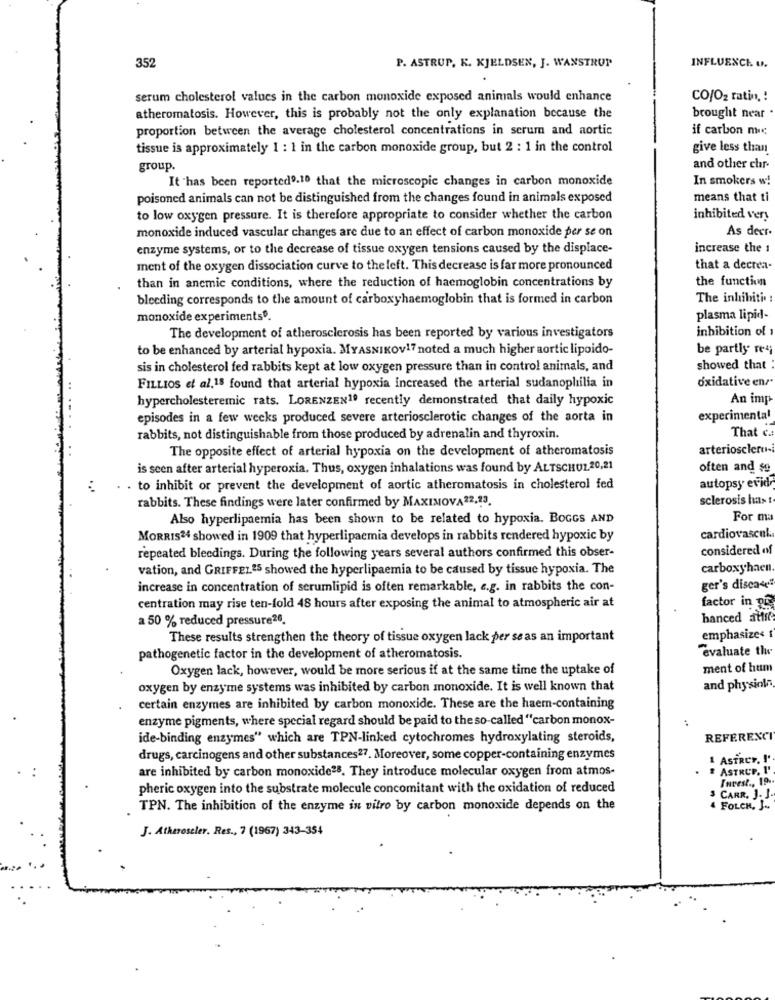
INFLUENCE U.
352
P. ASTRUP, K. KJELDSEN, J. WANSTRUP
serum cholesterol values in the carbon monoxide exposed animals would enhance
CO/O2 ratin, !
atheromatosis. However, this is probably not the only explanation because the
brought near
proportion between the average cholesterol concentrations in scrum and aortic
if carbon mic
tissue is approximately 1 : 1 in the carbon monoxide group, but 2 : 1 in the control
give less than
group.
and other chr-
It has been reported9.10 that the microscopic changes in carbon monoxide
In smokers w!
poisoned animals can not be distinguished from the changes found in animals exposed
means that ti
to low oxygen pressure. It is therefore appropriate to consider whether the carbon
inhibited very
monoxide induced vascular changes are due to an effect of carbon monoxide per se on
As deer-
enzyme systems, or to the decrease of tissue oxygen tensions caused by the displace-
increase the 1
ment of the oxygen dissociation curve to the left. This decrease is far more pronounced
that a decrea-
the function
than in ancmic conditions, where the reduction of haemoglobin concentrations by
bleeding corresponds to the amount of carboxyhaemoglobin that is formed in carbon
The inhibiti.
monoxide experiments".
plasma lipid-
inhibition of
The development of atherosclerosis has been reported by various investigators
to be enhanced by arterial hypoxia. MYASNIKOV17 noted a much higher aortic lipoido-
be partly resi
sis in cholesterol fed rabbits kept at low oxygen pressure than in control animals, and
showed that
oxidative ens
FILLIOS et al.18 found that arterial hypoxia increased the arterial sudanophilia in
hypercholesteremic rats. LORENZEN1º recently demonstrated that daily hypoxic
An imp
episodes in a few weeks produced severe arteriosclerotic changes of the aorta in
experimental
That c .:
rabbits, not distinguishable from those produced by adrenalin and thyroxin.
The opposite effect of arterial hypoxia on the development of atheromatosis
arterioscler-
is seen after arterial hyperoxia. Thus, oxygen inhalations was found by ALTSCHU1,20,21
often and se
. to inhibit or prevent the development of aortic atheromatosis in cholesterol fed
autopsy evid
rabbits. These findings were later confirmed by MAXIMOVA 22,13.
sclerosis has !
Also hyperlipaemia has been shown to be related to hypoxia. BOGGS AND
For ma
MORRIS24 showed in 1909 that hyperlipaemia develops in rabbits rendered hypoxic by
cardiovascel:
considered of
repeated bleedings. During the following years several authors confirmed this obser-
vation, and GRIFFEL25 showed the hyperlipaemia to be caused by tissue hypoxia. The
carboxyhaen
increase in concentration of serumlipid is often remarkable, e.g. in rabbits the con-
ger's disca«
factor in
centration may rise ten-fold 48 hours after exposing the animal to atmospheric air at
a 50 % reduced pressure26.
hanced attit
These results strengthen the theory of tissue oxygen lack per se as an important
emphasizes
"Evaluate th
pathogenetic factor in the development of atheromatosis.
Oxygen lack, however, would be more serious if at the same time the uptake of
ment of hum
oxygen by enzyme systems was inhibited by carbon monoxide. It is well known that
and physioln
certain enzymes are inhibited by carbon monoxide. These are the haern-containing
enzyme pigments, where special regard should be paid to the so-called "carbon monox-
ide-binding enzymes" which are TPN-linked cytochromes hydroxylating steroids,
REFERENCI
drugs, carcinogens and other substances27. Moreover, some copper-containing enzymes
1 ASTREY, ! '
are inhibited by carbon monoxide28. They introduce molecular oxygen from atmos-
# ASTRUP, I'
Invest ., 19 ..
pheric oxygen into the substrate molecule concomitant with the oxidation of reduced
CARR, J. J.
TPN. The inhibition of the enzyme in vitro by carbon monoxide depends on the
4 FOLCH, J ..
J. Atheroseler. Res ., 7 (1967) 343-354